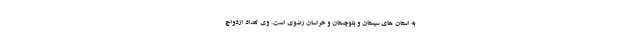
به استان های سیستان و بلوچستان و خراسان رضوی است. وی تعداد ازدواج